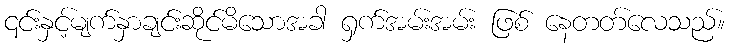
၎င်းနှင့်မျက်နှာချင်းဆိုင်မိသောအခါ ရှက်အမ်းအမ်း ဖြစ် နေတတ်လေသည်။